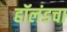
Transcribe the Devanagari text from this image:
हॉलंडचा